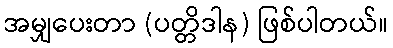
အမျှပေးတာ (ပတ္တိဒါန) ဖြစ်ပါတယ်။